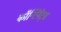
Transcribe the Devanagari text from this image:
कॉन्टिनेंट्स